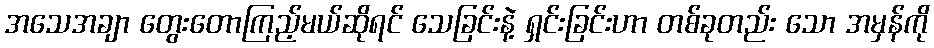
အသေအချာ တွေးတောကြည့်မယ်ဆိုရင် သေခြင်းနဲ့ ရှင်းခြင်းဟာ တစ်ခုတည်း သော အမှန်ကို